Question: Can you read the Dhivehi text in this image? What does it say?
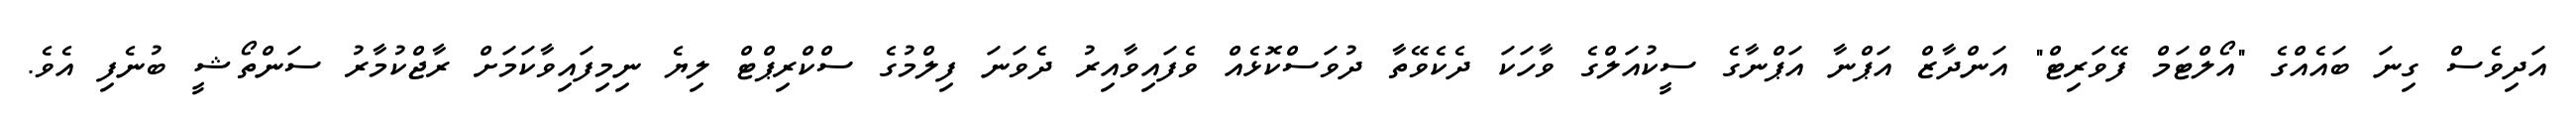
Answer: އަދިވެސް ގިނަ ބައެއްގެ "އޯލްޓަމް ފޭވަރިޓް" އަންދާޒް އަޕްނާ އަޕްނާގެ ސީކުއަލްގެ ވާހަކަ ދެކެވޭތާ ދުވަސްކޮޅެއް ވެފައިވާއިރު ދެވަނަ ފިލްމުގެ ސްކްރިޕްޓް ލިޔެ ނިމިފައިވާކަމަށް ރާޖްކުމާރު ސަންތޯޝީ ބުނެފި އެވެ.